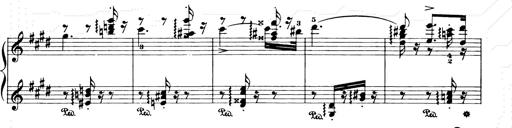
Title: Consolations and LiebestrÃ¤ume for the Piano
Composer: Franz Liszt